Plague in India, 1896, 1897 - Volume 3
Year: 1896
Disease focus: Plague
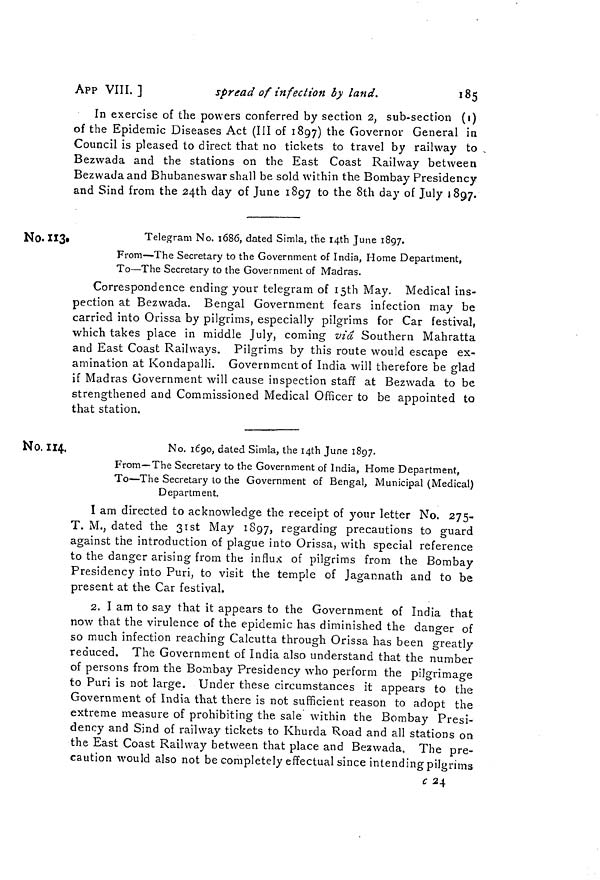
APP VIII.]
spread of infection by land.
185
In exercise of the powers conferred by section 2, sub-section (i)
of the Epidemic Diseases Act (III of 1897) the Governor General in
Council is pleased to direct that no tickets to travel by railway to
Bezwada and the stations on the East Coast Railway between
Bezwada and Bhubaneswar shall be sold within the Bombay Presidency
and Sind from the 24th day of June 1897 to the 8th day of July 1897.
No. 113.
Telegram No. 1686, dated Simla, the 14th June 1897.
From—The Secretary to the Government of India, Home Department,
To—The Secretary to the Government of Madras,
Correspondence ending your telegram of 15th May. Medical ins-
pection at Bezwada. Bengal Government fears infection may be
carried into Orissa by pilgrims, especially pilgrims for Car festival,
which takes place in middle July, coming -via Southern Mahratta
and East Coast Railways. Pilgrims by this route would escape ex-
amination at Kondapalli. Government of India will therefore be glad
if Madras Government will cause inspection staff at Bezwada to be
strengthened and Commissioned Medical Officer to be appointed to
that station.
No. 114.
No. 1690, dated Simla, the 14th June 1897.
From—The Secretary to the Government of India, Home Department,
To—The Secretary to the Government of Bengal, Municipal (Medical)
Department.
I am directed to acknowledge the receipt of your letter No. 275-
T. M., dated the 31st May 1897, regarding precautions to guard
against the introduction of plague into Orissa, with special reference
to the danger arising from the influx of pilgrims from the Bombay
Presidency into Puri, to visit the temple of Jagannath and to be
present at the Car festival.
2. I am to say that it appears to the Government of India that
now that the virulence of the epidemic has diminished the danger of
so much infection reaching Calcutta through Orissa has been greatly
reduced. The Government of India also understand that the number
of persons from the Bombay Presidency who perform the pilgrimage
to Puri is not large. Under these circumstances it appears to the
Government of India that there is not sufficient reason to adopt the
extreme measure of prohibiting the sale within the Bombay Presi-
dency and Sind of railway tickets to Khurda Road and all stations on
the East Coast Railway between that place and Bezwada. The pre-
caution would also not be completely effectual since intending pilgrims
c 24